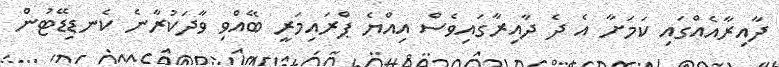
ދާއިރާއެއްގައި ކަމަށާ އެ ދެ ދާއިރާގައިވެސް އިއްޔެ ޕްރައިމަރީ ބޭއްވި ވާދަކުރާނެ ކެނޑިޑޭޓުން